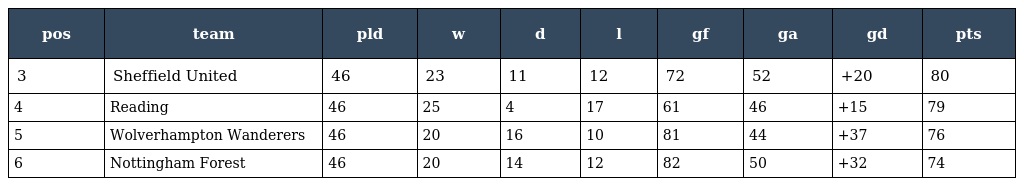
| pos | team | pld | w | d | l | gf | ga | gd | pts |
 | --- | --- | --- | --- | --- | --- | --- | --- | --- | --- |
 | 3 | Sheffield United | 46 | 23 | 11 | 12 | 72 | 52 | +20 | 80 |
 | 4 | Reading | 46 | 25 | 4 | 17 | 61 | 46 | +15 | 79 |
 | 5 | Wolverhampton Wanderers | 46 | 20 | 16 | 10 | 81 | 44 | +37 | 76 |
 | 6 | Nottingham Forest | 46 | 20 | 14 | 12 | 82 | 50 | +32 | 74 |